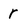
Character: r